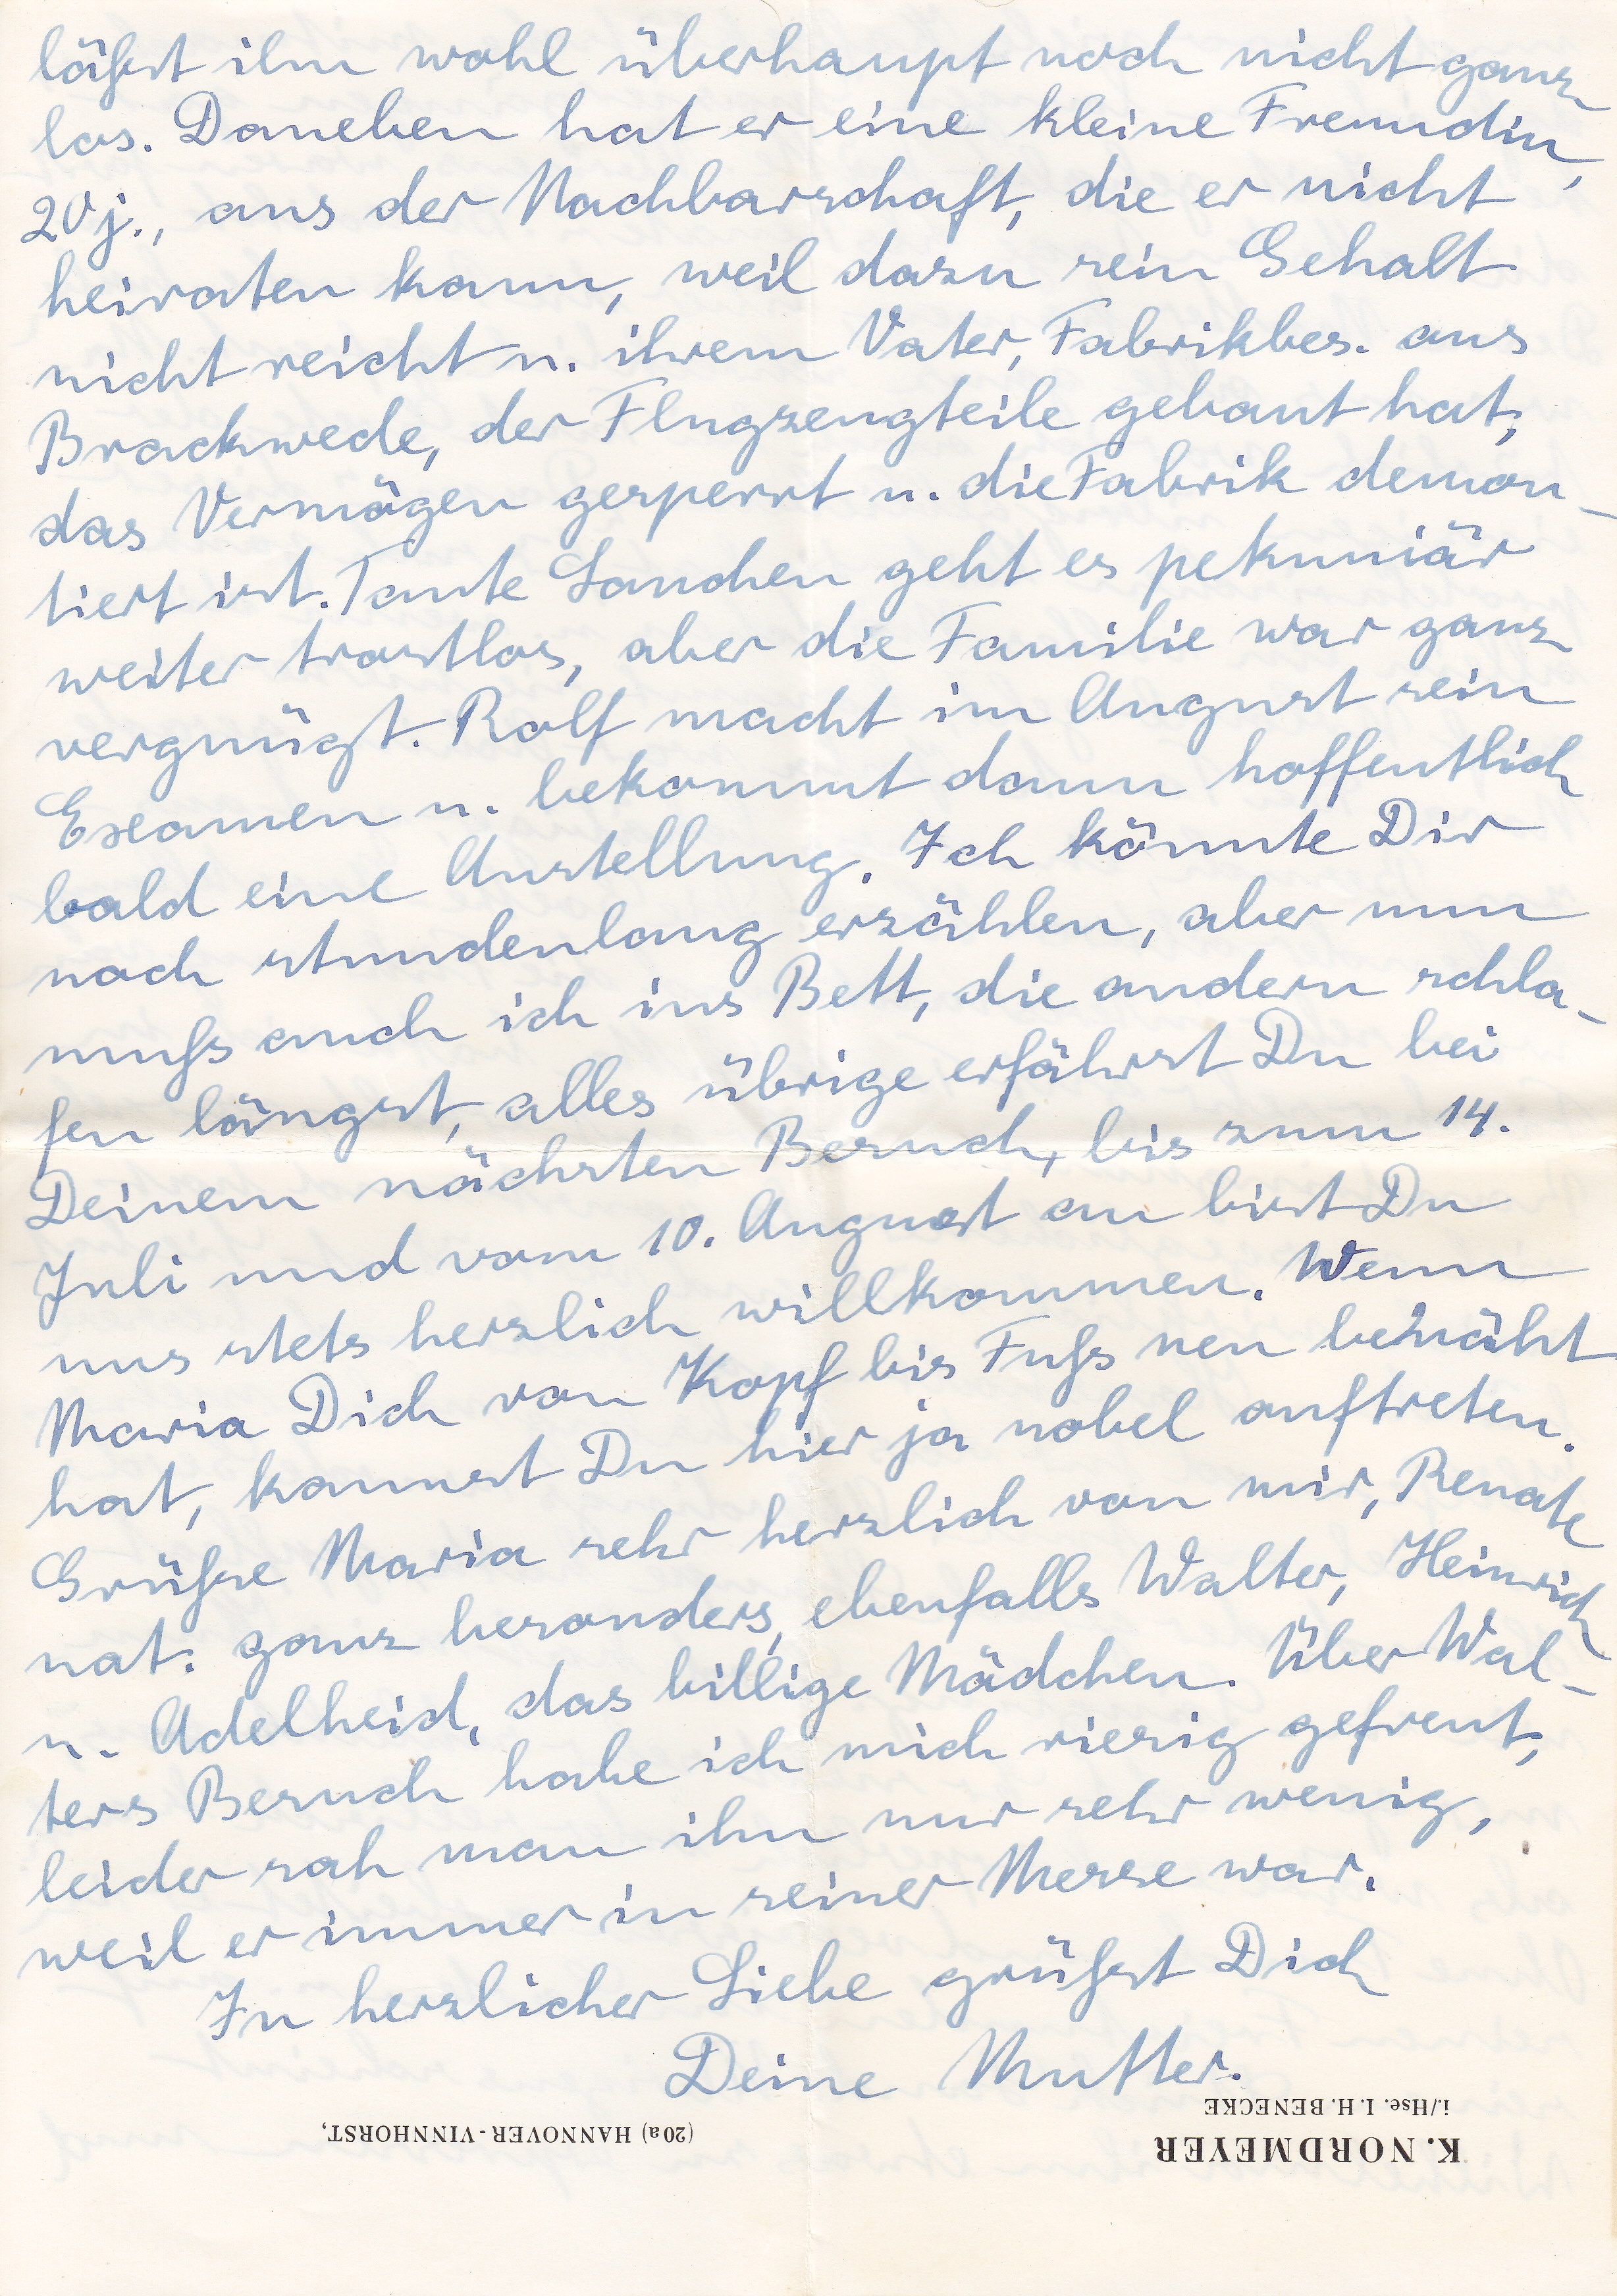
läßt ihn wohl überhaupt noch nicht ganz
los. Daneben hat er eine kleine Freundin
20 j., aus der Nachbarschaft, die er nicht
heiraten kann, weil dazu sein Gehalt
nicht reicht u- ihrem Vater, Fabrikbes. aus
Brackwede, der Flugzeugteile gebaut hat,
das Vermögen gesperrt u. die Fabrik demon
tiert ist. Tante Sanchen geht es pekuniär
weiter trostlos, aber die Familie war ganz
vergnügt. Rolf macht im August sein
Examen u. bekommt dann hoffentlich
bald eine Anstellung. Ich könnte Dir
noch stundenlang erzählen, aber nun
muß auch ins Bett, die anderen schla
fen längst, alles übrige erfährst Du bei
Deinem nächsten Besuch, bis zum 14.
Juli und vom 10. August an bist Du
uns stets herzlich willkommen. Wenn
Maria Dich von Kopf bis Fuß neu benäht
hat, kannst Du hier ja nobel auftreten.
Grüße Maria sehr herzlich von mir, Renate
nat. ganz besonders ebenfalls Walter, Heinri
u. Adelheid, das billige Mädchen. Über Wal
ters Besuch habe ich mich riesig gefreut,
leider sah man ihn nur sehr wenig
weil er immer in seiner Messe war.
In herzlicher Liebe grüßt Dich
Deine Mutter